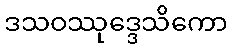
ဒသဝဿုဒ္ဒေသိကော